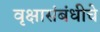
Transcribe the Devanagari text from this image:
वृक्षासंबंधीचे